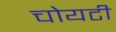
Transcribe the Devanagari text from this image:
चोयटी